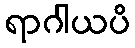
ရာဂါယပိ